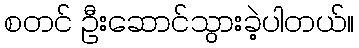
စတင် ဦးဆောင်သွားခဲ့ပါတယ်။